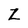
Character: Z